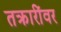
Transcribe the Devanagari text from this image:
तक्रारींवर